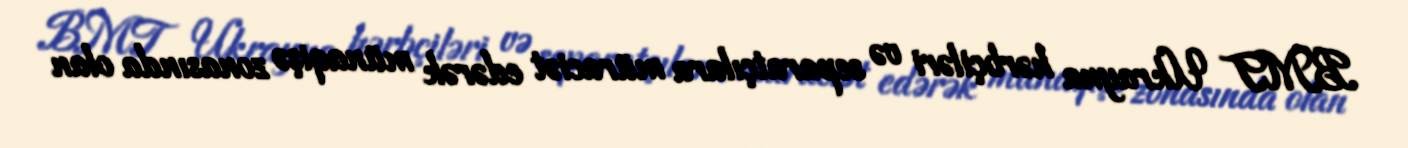
BMT Ukrayna hərbçiləri və separatçılara müraciət edərək münaqişə zonasında olan